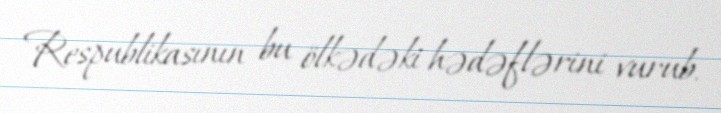
Respublikasının bu ölkədəki hədəflərini vurub.